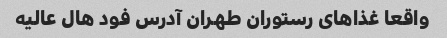
واقعا غذاهای رستوران طهران آدرس فود هال عالیه